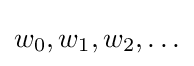
w_{0},w_{1},w_{2},\ldots